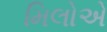
મિલોએ